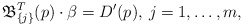
\begin{align*}\mathfrak{B}_{\{j\}}^{T}(p)\cdot\beta=D'(p),\: j=1,\dots,m,\end{align*}